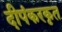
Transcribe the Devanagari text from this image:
दीपंकरकृत